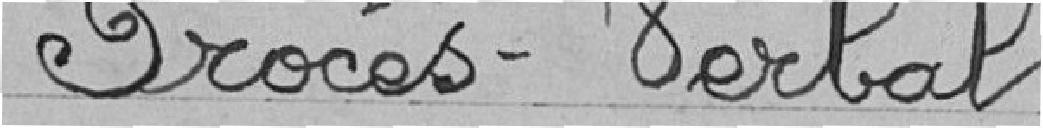
Procès-Verbal